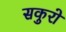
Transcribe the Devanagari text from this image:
सकुरो